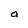
Character: a